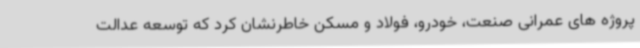
پروژه های عمرانی صنعت، خودرو، فولاد و مسکن خاطرنشان کرد که توسعه عدالت